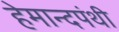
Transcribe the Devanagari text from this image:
हेमान्दपंथी